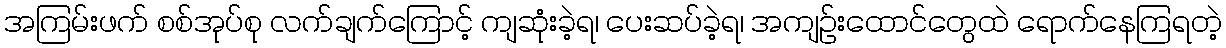
အကြမ်းဖက် စစ်အုပ်စု လက်ချက်ကြောင့် ကျဆုံးခဲ့ရ၊ ပေးဆပ်ခဲ့ရ၊ အကျဉ်းထောင်တွေထဲ ရောက်နေကြရတဲ့